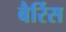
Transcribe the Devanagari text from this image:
बैर्रिस